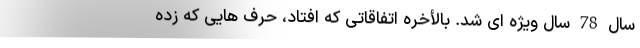
سال 78 سال ویژه ای شد. بالأخره اتفاقاتی که افتاد، حرف هایی که زده